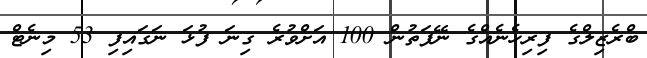
ބްރެޒިލްގެ ފިރިހެނެއްގެ ނޭފަތުން 100 އަށްވުރެ ގިނަ ފުޅަ ނަގައިފި 53 މިނެޓް